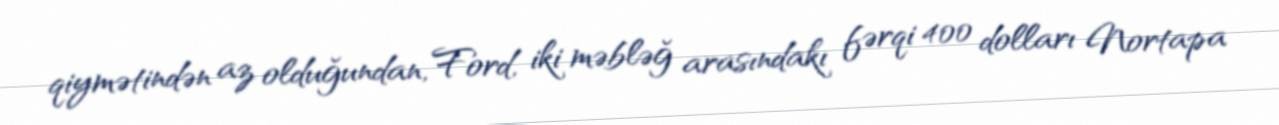
qiymətindən az olduğundan, Ford, iki məbləğ arasındakı fərqi 400 dolları Nortapa